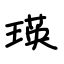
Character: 瑛